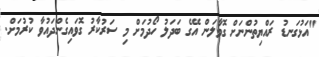
"އަޅުގަނޑު ރައްޔިތުންނަށް ގޮވާލަން އޭގެ ބަދަލު ހޯދުމަށް މި ސަރުކާރު ގޮވައިގެންދައުވާ ކުރުމަށް.